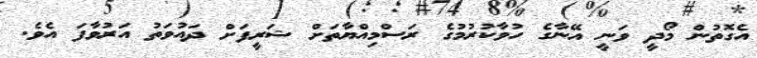
އެގޮތުން މޯދީ ވަނީ އޭނާގެ ހުވާކުރުމުގެ ރަސްމިއްޔާތަށް ޝަރީފަށް ދައުވަތު އަރުވާފަ އެވެ.